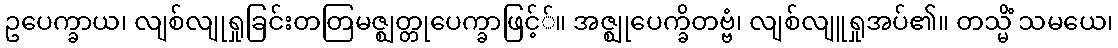
ဥပေက္ခာယ၊ လျစ်လျုရှုခြင်းတတြမဇ္ဈတ္တုပေက္ခာဖြင့််။ အဇ္ဈုပေက္ခိတဗ္ဗံ၊ လျစ်လျူရှုအပ်၏။ တသ္မိံ သမယေ၊